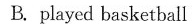
B. played basketball